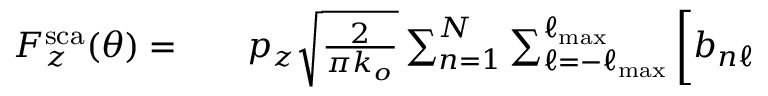
\begin{array} { r l r } { F _ { z } ^ { \mathrm { s c a } } ( \theta ) = } & { { } } & { p _ { z } \sqrt { \frac { 2 } { \pi k _ { o } } } \sum _ { n = 1 } ^ { N } \sum _ { \ell = - \ell _ { \mathrm { m a x } } } ^ { \ell _ { \mathrm { m a x } } } \bigg [ b _ { n \ell } } \end{array}